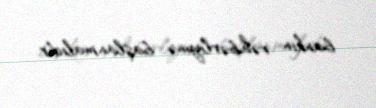
bankın rəhbərliyinə başlanmalıdır.